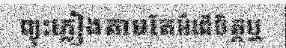
ព្យុះភ្លៀងតាមតែអំពើចិត្តឬ